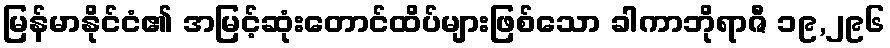
မြန်မာနိုင်ငံ၏ အမြင့်ဆုံးတောင်ထိပ်များဖြစ်သော ခါကာဘိုရာဇီ ၁၉,၂၉၆